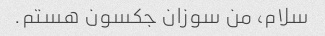
سلام، من سوزان جکسون هستم.